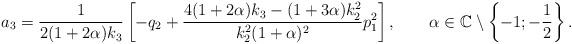
LaTeX: \begin{align*}a_3=\frac{1}{2(1+2\alpha)k_3}\left[-q_2+\frac{4(1+2\alpha)k_3-(1+3\alpha)k_2^2}{k_2^2(1+\alpha)^2}p_1^2\right],\quad\quad\alpha\in\mathbb{C}\setminus\left\{-1;-\frac{1}{2}\right\}.\end{align*}